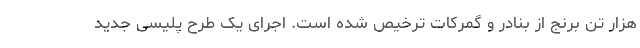
هزار تن برنج از بنادر و گمرکات ترخیص شده است. اجرای یک طرح پلیسی جدید